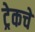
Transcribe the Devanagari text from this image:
ट्रेकचे